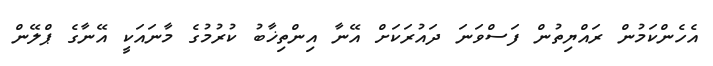
އެހެންކަމުން ރައްޔިތުން ފަސްވަނަ ދައުރަކަށް އޭނާ އިންތިޚާބު ކުރުމުގެ މާނައަކީ އޭނާގެ ޕްލޭން